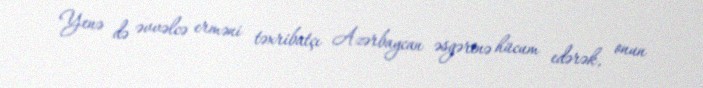
Yenə də əvvəlcə erməni təxribatçı Azərbaycan əsgərinə hücum edərək, onun